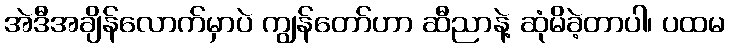
အဲဒီအချိန်လောက်မှာပဲ ကျွန်တော်ဟာ ဆီညာနဲ့ ဆုံမိခဲ့တာပါ၊ ပထမ